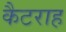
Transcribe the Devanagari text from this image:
कैटराह